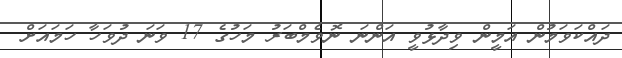
ދައްކަވަމުން އަމީން ވިދާޅުވީ އަންނަ ނޮވެމްބަރު މަހުގެ 17 ވަނަ ދުވަހާ ހަމައަށް